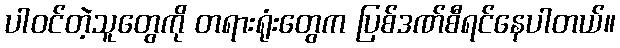
ပါဝင်တဲ့သူတွေကို တရားရုံးတွေက ပြစ်ဒဏ်စီရင်နေပါတယ်။